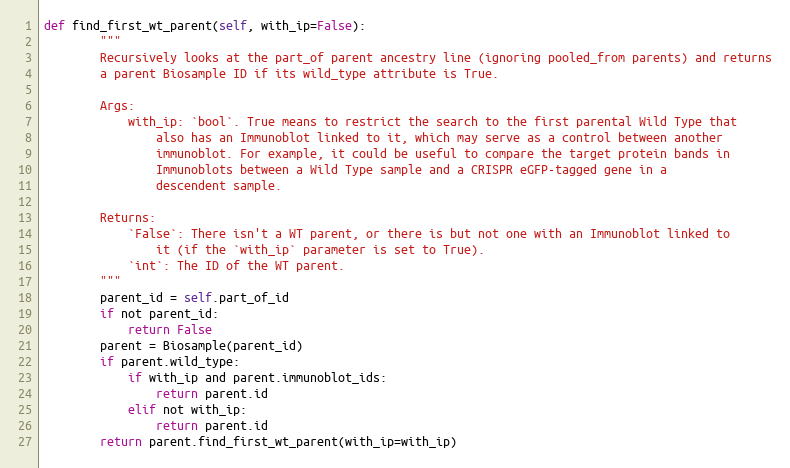
Language: Python
def find_first_wt_parent(self, with_ip=False):
        """
        Recursively looks at the part_of parent ancestry line (ignoring pooled_from parents) and returns
        a parent Biosample ID if its wild_type attribute is True.

        Args:
            with_ip: `bool`. True means to restrict the search to the first parental Wild Type that
                also has an Immunoblot linked to it, which may serve as a control between another
                immunoblot. For example, it could be useful to compare the target protein bands in
                Immunoblots between a Wild Type sample and a CRISPR eGFP-tagged gene in a
                descendent sample.

        Returns:
            `False`: There isn't a WT parent, or there is but not one with an Immunoblot linked to
                it (if the `with_ip` parameter is set to True).
            `int`: The ID of the WT parent.
        """
        parent_id = self.part_of_id
        if not parent_id:
            return False
        parent = Biosample(parent_id)
        if parent.wild_type:
            if with_ip and parent.immunoblot_ids:
                return parent.id
            elif not with_ip:
                return parent.id
        return parent.find_first_wt_parent(with_ip=with_ip)